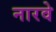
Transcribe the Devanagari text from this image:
नारवे